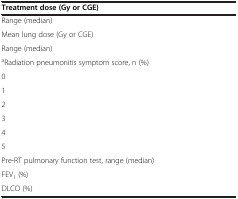
<table><thead><tr><td><b>Treatment dose (Gy or CGE)</b></td><td>[EMPTY_CELL]</td></tr></thead><tbody><tr><td>Range (median)</td><td>[EMPTY_CELL]</td></tr><tr><td>Mean lung dose (Gy or CGE)</td><td>[EMPTY_CELL]</td></tr><tr><td>Range (median)</td><td>[EMPTY_CELL]</td></tr><tr><td><sup>a</sup>Radiation pneumonitis symptom score, n (%)</td><td>[EMPTY_CELL]</td></tr><tr><td>0</td><td>[EMPTY_CELL]</td></tr><tr><td>1</td><td>[EMPTY_CELL]</td></tr><tr><td>2</td><td>[EMPTY_CELL]</td></tr><tr><td>3</td><td>[EMPTY_CELL]</td></tr><tr><td>4</td><td>[EMPTY_CELL]</td></tr><tr><td>5</td><td>[EMPTY_CELL]</td></tr><tr><td>Pre-RT pulmonary function test, range (median)</td><td>[EMPTY_CELL]</td></tr><tr><td>FEV<sub>1</sub> (%)</td><td>[EMPTY_CELL]</td></tr><tr><td>DLCO (%)</td><td>[EMPTY_CELL]</td></tr></tbody></table>